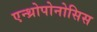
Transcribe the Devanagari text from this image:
एन्थ्रोपोनोसिस